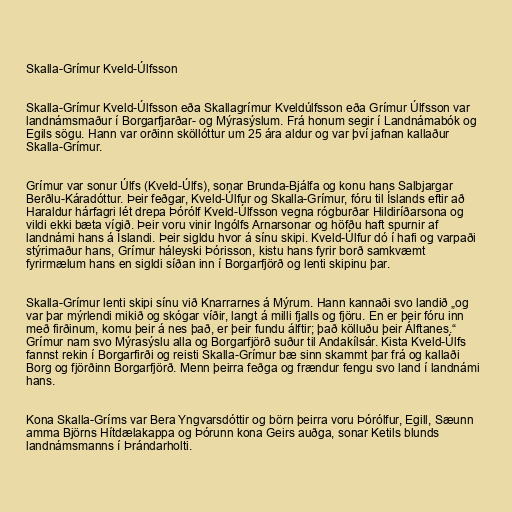
Skalla-Grímur Kveld-Úlfsson

Skalla-Grímur Kveld-Úlfsson eða Skallagrímur Kveldúlfsson eða Grímur Úlfsson var
landnámsmaður í Borgarfjarðar- og Mýrasýslum. Frá honum segir í Landnámabók og
Egils sögu. Hann var orðinn sköllóttur um 25 ára aldur og var því jafnan kallaður
Skalla-Grímur.

Grímur var sonur Úlfs (Kveld-Úlfs), sonar Brunda-Bjálfa og konu hans Salbjargar
Berðlu-Káradóttur. Þeir feðgar, Kveld-Úlfur og Skalla-Grímur, fóru til Íslands eftir að
Haraldur hárfagri lét drepa Þórólf Kveld-Úlfsson vegna rógburðar Hildiríðarsona og
vildi ekki bæta vígið. Þeir voru vinir Ingólfs Arnarsonar og höfðu haft spurnir af
landnámi hans á Íslandi. Þeir sigldu hvor á sínu skipi. Kveld-Úlfur dó í hafi og varpaði
stýrimaður hans, Grímur háleyski Þórisson, kistu hans fyrir borð samkvæmt
fyrirmælum hans en sigldi síðan inn í Borgarfjörð og lenti skipinu þar.

Skalla-Grímur lenti skipi sínu við Knarrarnes á Mýrum. Hann kannaði svo landið „og
var þar mýrlendi mikið og skógar víðir, langt á milli fjalls og fjöru. En er þeir fóru inn
með firðinum, komu þeir á nes það, er þeir fundu álftir; það kölluðu þeir Álftanes.“
Grímur nam svo Mýrasýslu alla og Borgarfjörð suður til Andakílsár. Kista Kveld-Úlfs
fannst rekin í Borgarfirði og reisti Skalla-Grímur bæ sinn skammt þar frá og kallaði
Borg og fjörðinn Borgarfjörð. Menn þeirra feðga og frændur fengu svo land í landnámi
hans.

Kona Skalla-Gríms var Bera Yngvarsdóttir og börn þeirra voru Þórólfur, Egill, Sæunn
amma Björns Hítdælakappa og Þórunn kona Geirs auðga, sonar Ketils blunds
landnámsmanns í Þrándarholti.